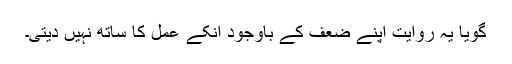
گویا یہ روایت اپنے ضعف کے باوجود انکے عمل کا ساتھ نہیں دیتی۔